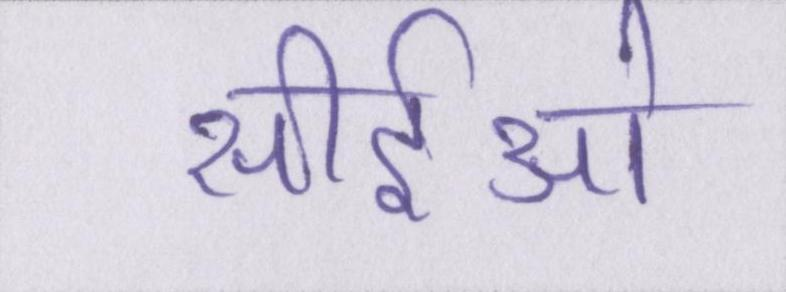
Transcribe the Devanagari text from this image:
सीईओ